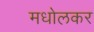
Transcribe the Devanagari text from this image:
मधोलकर